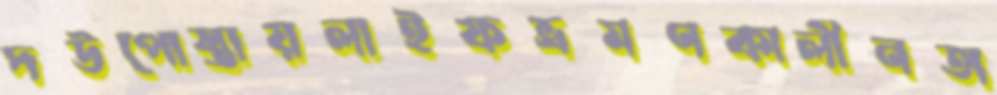
দউপোস্তায়লাইফভ্রমণকালীনতা